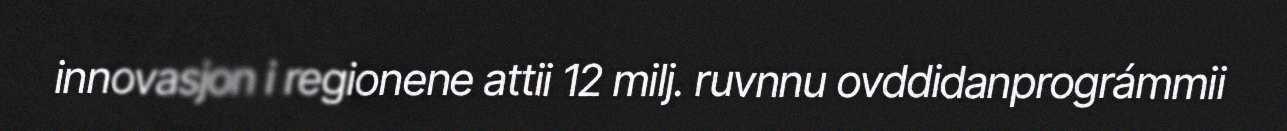
innovasjon i regionene attii 12 milj. ruvnnu ovddidanprográmmii